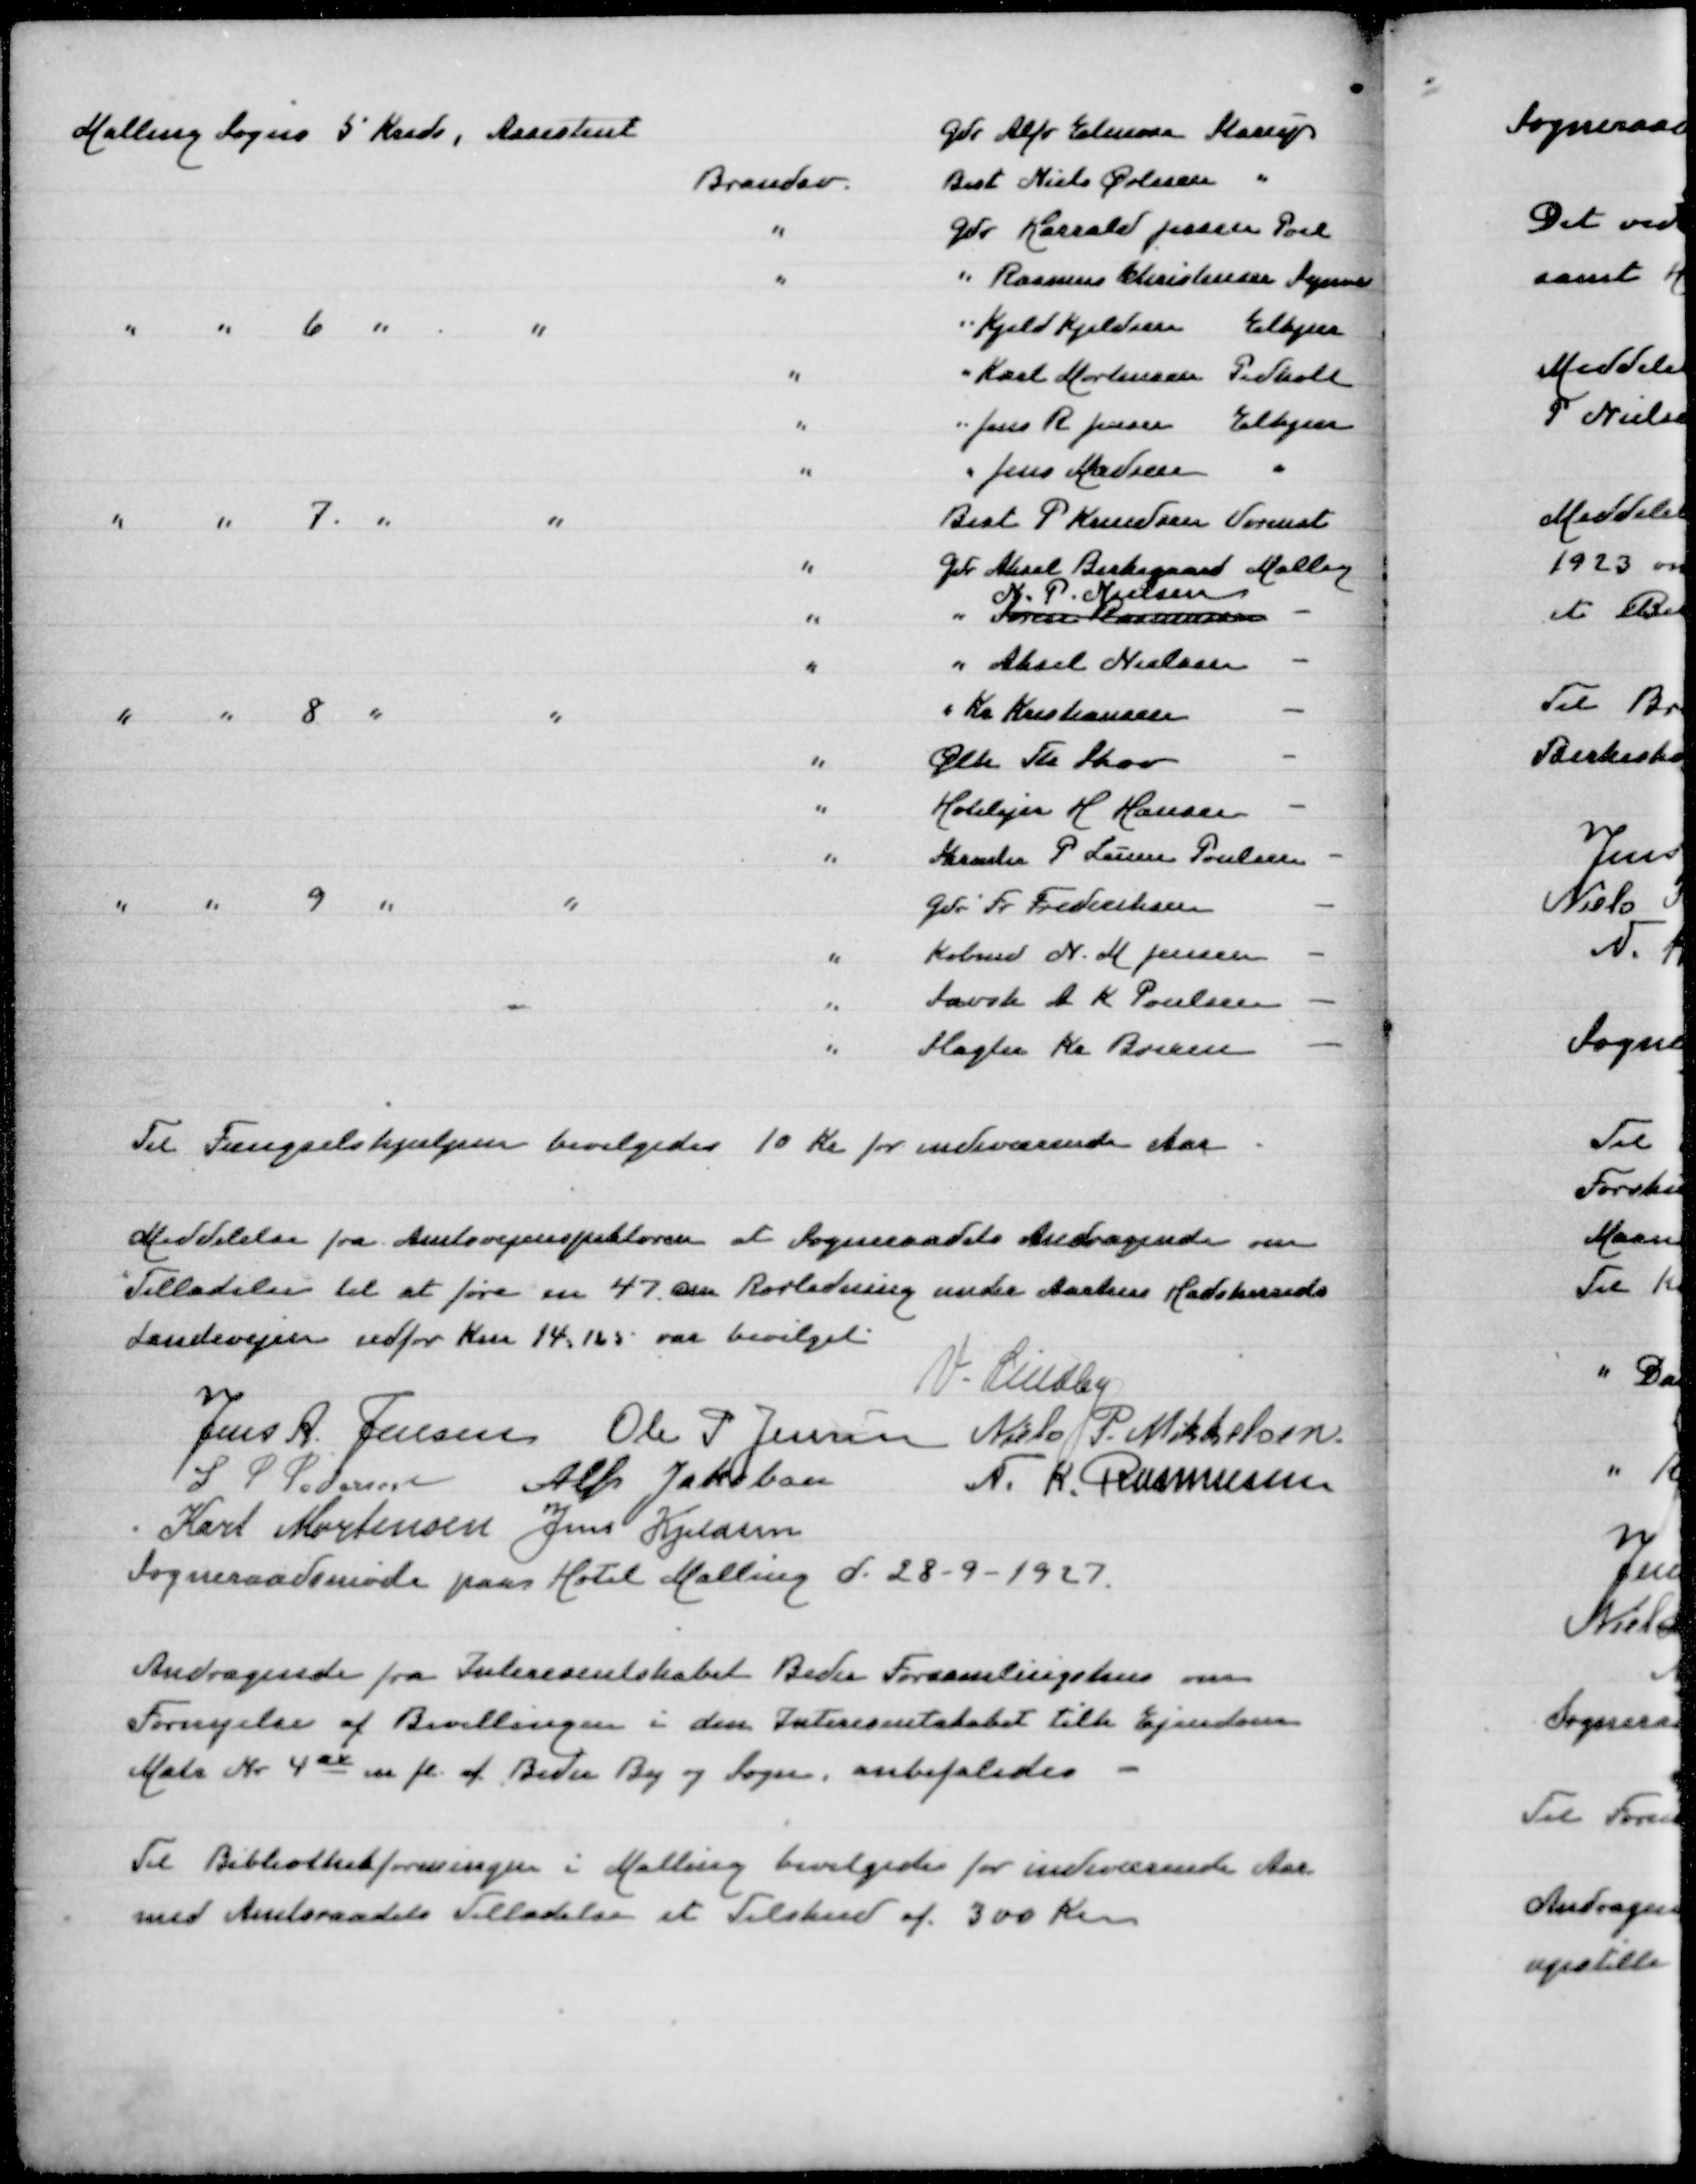
Transskription:
Malling Sogns 5 Kreds, Assistent
Gdr Alfr Elmose Starup
Brandsvend Best Niels Øvlisen "
" Gdr Harrald Jessen Pøel
" " Rasmus Christensen Synne
" " 6 " "
" Kjeld Kjeldsen Elkjær
" " Karl Mortensen Pedholt
" " Jens R Jensen Elkjær
" " Jens Madsen "
" " 7 " "
Best P Knudsen Vormst.
" Gdr Aksel Birkegaard Malling
N P Nielsen
" " Søren Rasmussen -
" " Aksel Nielsen -
" " 8 " "
" Kr Kristiansen -
" Ølk Th Skov -
" Hotelejer H Hansen -
" Skræder P Lauers Poulsen -
" " 9 " "
Gdr Fr Frederiksen -
" Købm N M Jensen -
" Savsk A K Poulsen -
" Slagter Kr Brixsen -

Til Fægselshjælpen bevilgedes 10 Kr for indeværende Aar

Meddelelse fra Amtsvejinspektøren at Sogneraadets Andragende om
Tilladelse til at føre en 47 cm Rørledning under Aarhus Hadsherreds
Landevejen udfor Km 14,165 var bevilget
V Lindby
Jens A Jensen
Ole P Jensen
Niels P Mikkelsen
S P Pedersen
Alfr Jakobsen
N K Rasmussen
Karl Mortensen
Jens Kjeldsen
Sogneraadsmøde paa Hotel Malling d 28-9-1927

Andragende fra Interesentselskabet Beder Forsamlingshus om
Fornyelse af Bevillingen i den Interesentselskabet tilh Ejendom
Matr Nr 4ax m fl af Beder By og Sogn, anbefaledes

Til Biblioteksforeningen i Malling bevilgedes for indeværende Aar
med Amtsraadets Tilladelse et Tilskud af 300 Kr